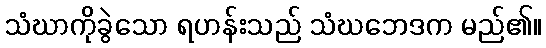
သံဃာကိုခွဲသော ရဟန်းသည် သံဃဘေဒက မည်၏။